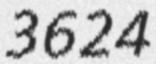
3624